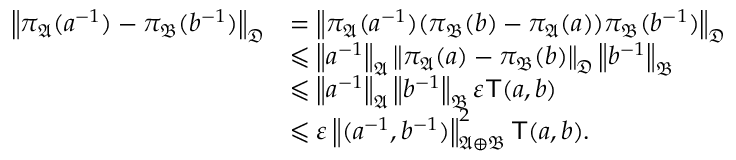
\begin{array} { r l } { \left\| { \pi _ { \mathfrak { A } } ( a ^ { - 1 } ) - \pi _ { \mathfrak { B } } ( b ^ { - 1 } ) } \right\| _ { { \mathfrak { D } } } } & { = \left\| { \pi _ { \mathfrak { A } } ( a ^ { - 1 } ) ( \pi _ { \mathfrak { B } } ( b ) - \pi _ { \mathfrak { A } } ( a ) ) \pi _ { \mathfrak { B } } ( b ^ { - 1 } ) } \right\| _ { { \mathfrak { D } } } } \\ & { \leqslant \left\| { a ^ { - 1 } } \right\| _ { { \mathfrak { A } } } \left\| { \pi _ { \mathfrak { A } } ( a ) - \pi _ { \mathfrak { B } } ( b ) } \right\| _ { { \mathfrak { D } } } \left\| { b ^ { - 1 } } \right\| _ { { \mathfrak { B } } } } \\ & { \leqslant \left\| { a ^ { - 1 } } \right\| _ { { \mathfrak { A } } } \left\| { b ^ { - 1 } } \right\| _ { { \mathfrak { B } } } \varepsilon { \mathsf { T } } ( a , b ) } \\ & { \leqslant \varepsilon \left\| { ( a ^ { - 1 } , b ^ { - 1 } ) } \right\| _ { { \mathfrak { A } } \oplus { \mathfrak { B } } } ^ { 2 } { \mathsf { T } } ( a , b ) \mathrm { . } } \end{array}